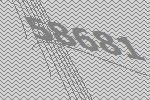
58681